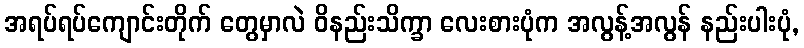
အရပ်ရပ်ကျောင်းတိုက် တွေမှာလဲ ဝိနည်းသိက္ခာ လေးစားပုံက အလွန့်အလွန် နည်းပါးပုံ,